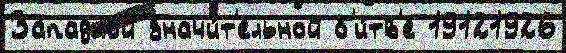
За́падной значи́т'ельной б'и́тв'е 19121926